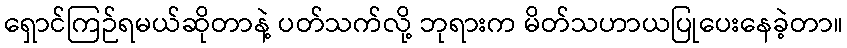
ရှောင်ကြဉ်ရမယ်ဆိုတာနဲ့ ပတ်သက်လို့ ဘုရားက မိတ်သဟာယပြုပေးနေခဲ့တာ။